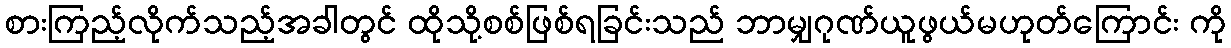
စားကြည့်လိုက်သည့်အခါတွင် ထိုသို့စစ်ဖြစ်ရခြင်းသည် ဘာမျှဂုဏ်ယူဖွယ်မဟုတ်ကြောင်း ကို